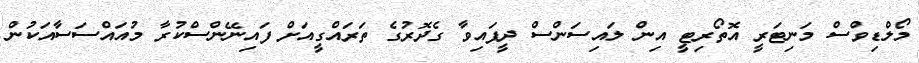
މޯލްޑިވްސް މަނިޓަރީ އޮތޯރިޓީ އިން ލައިސަންސް ދީފައިވާ ގެދޮރުގެ ތަރައްގީއަށް ފައިނޭންސްކުރާ މުއައްސަސާއަކުން